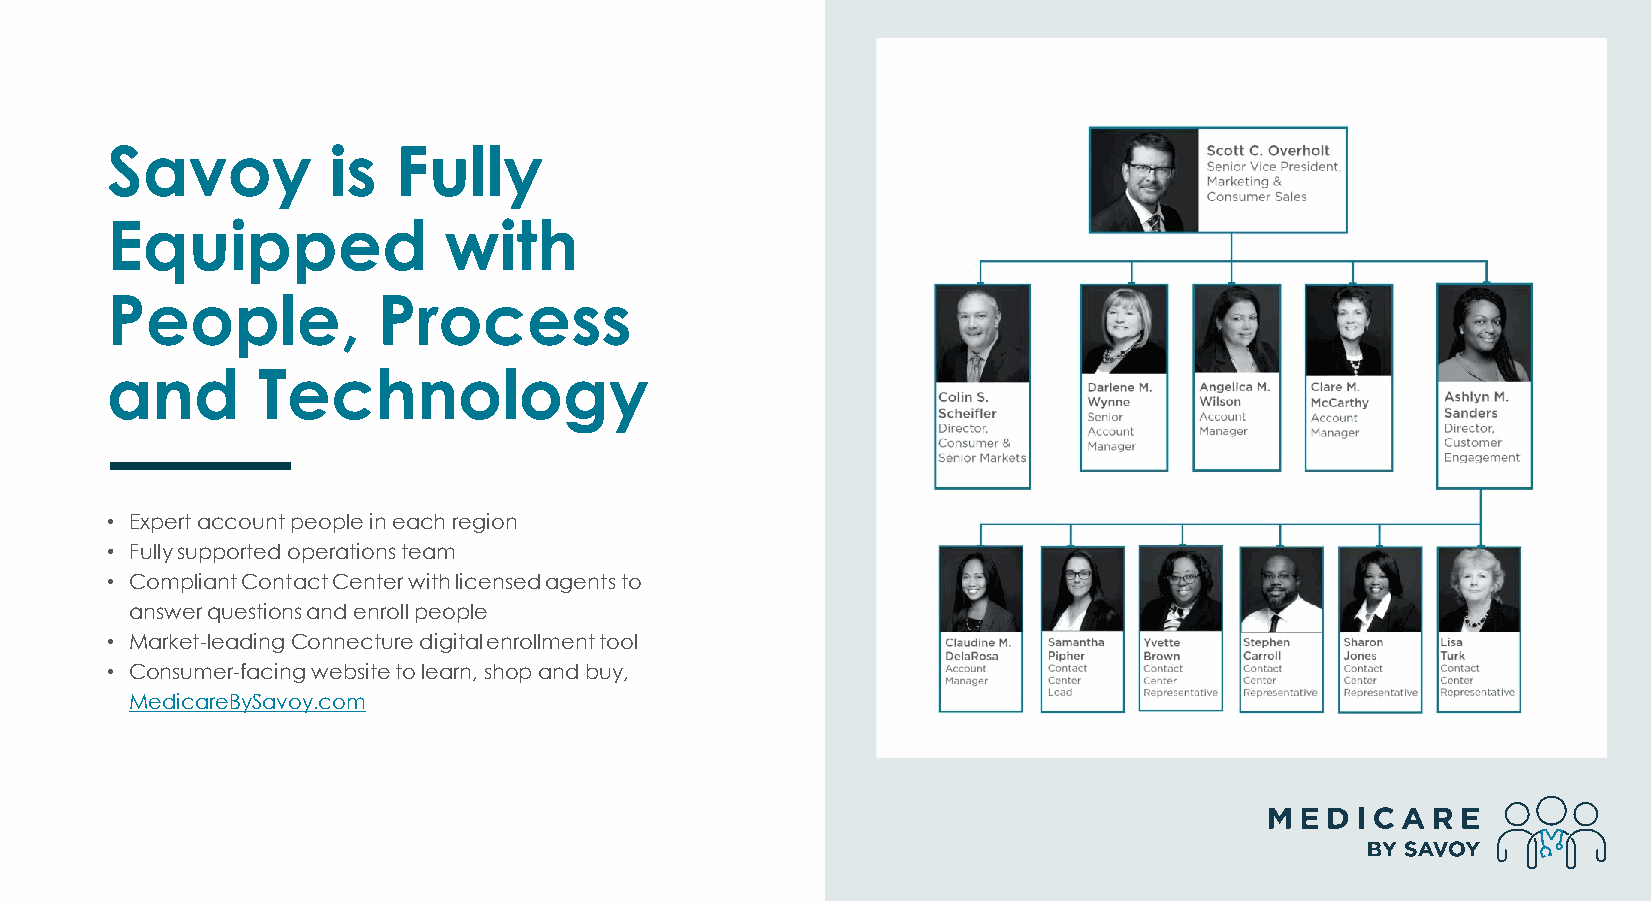
Savoy          is  Fully
 Equipped              with
 People,           Process
 and       Technology
 • Expert account people in each region
 • Fully supported operations team
 • Compliant Contact Center with licensed agents to
 answer questions and enroll people
 • Market-leading Connecturedigital enrollment tool
 • Consumer-facing website to learn, shop and buy,
 MedicareBySavoy.com